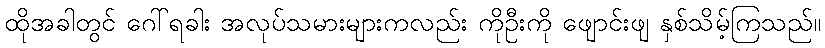
ထိုအခါတွင် ဂေါ်ရခါး အလုပ်သမားများကလည်း ကိုဦးကို ဖျောင်းဖျ နှစ်သိမ့်ကြသည်။